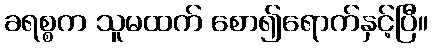
ခရစ္စက သူမထက် စော၍ရောက်နှင့်ပြီ။